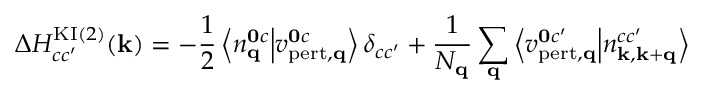
\Delta H _ { c c ^ { \prime } } ^ { \mathrm { K I } ( 2 ) } ( \mathbf { k } ) = - \frac { 1 } { 2 } \left\langle n _ { \mathbf { q } } ^ { \mathbf { 0 } c } \middle | v _ { \mathrm { p e r t , \mathbf { q } } } ^ { \mathbf { 0 } c } \right\rangle \delta _ { c c ^ { \prime } } + \frac { 1 } { N _ { \mathbf { q } } } \sum _ { \mathbf { q } } \left\langle v _ { \mathrm { p e r t } , \mathbf { q } } ^ { \mathbf { 0 } c ^ { \prime } } \middle | n _ { \mathbf { k } , \mathbf { k } + \mathbf { q } } ^ { c c ^ { \prime } } \right\rangle